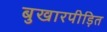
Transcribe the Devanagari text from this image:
बुखारपीड़ित